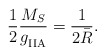
\begin{align*}{1 \over 2}{M_S \over g^{}_{\rm IIA}} = {1 \over 2\bar{R}}.\end{align*}